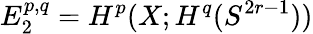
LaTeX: E_{2}^{p,q}=H^{p}(X;H^{q}(S^{2r-1}))